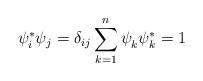
LaTeX: \begin{align*}\psi_i^*\psi_j=\delta_{ij}\sum_{k=1}^n\psi_k^{\phantom{*}}\psi_k^*=1\end{align*}